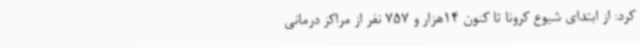
کرد: از ابتدای شیوع کرونا تا کنون 14هزار و 757 نفر از مراکز درمانی